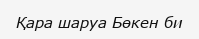
Қара шаруа Бөкен би